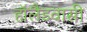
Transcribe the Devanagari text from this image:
हॉलैंडवासी